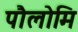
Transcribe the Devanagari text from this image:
पौलोमि